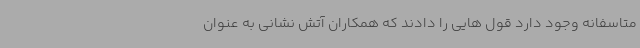
متاسفانه وجود دارد قول هایی را دادند که همکاران آتش نشانی به عنوان